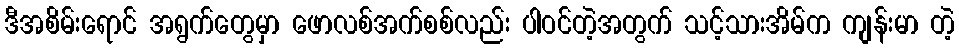
ဒီအစိမ်းရောင် အရွက်တွေမှာ ဖောလစ်အက်စစ်လည်း ပါဝင်တဲ့အတွက် သင့်သားအိမ်က ကျန်းမာ တဲ့